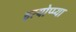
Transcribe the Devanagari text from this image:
इत्योप्प्या